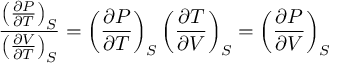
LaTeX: { \frac { \left( { \frac { \partial P } { \partial T } } \right) _ { S } } { \left( { \frac { \partial V } { \partial T } } \right) _ { S } } } = \left( { \frac { \partial P } { \partial T } } \right) _ { S } \left( { \frac { \partial T } { \partial V } } \right) _ { S } = \left( { \frac { \partial P } { \partial V } } \right) _ { S }